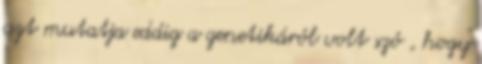
azt mutatja eddig a genetikáról volt szó , hogy